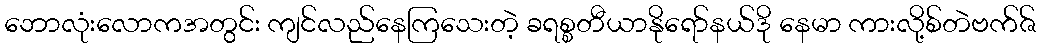
ဘောလုံးလောကအတွင်း ကျင်လည်နေကြသေးတဲ့ ခရစ္စတီယာနိုရော်နယ်ဒို နေမာ ကားလို့စ်တဲဗက်ဇ်